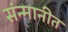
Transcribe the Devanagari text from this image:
संन्मानीत